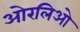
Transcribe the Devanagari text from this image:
ओरलिओ